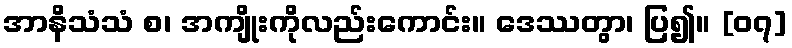
အာနိသံသံ စ၊ အကျိုးကိုလည်းကောင်း။ ဒေဿတွာ၊ ပြ၍။ [၀၇]